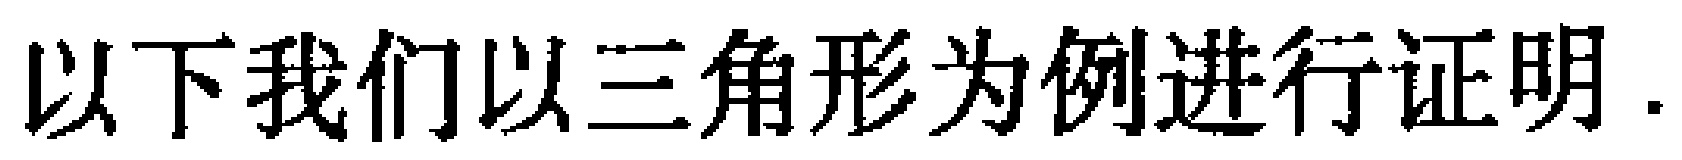
以下我们以三角形为例进行证明.